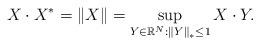
LaTeX: \begin{align*}X\cdot X^{\ast}=\left\Vert X\right\Vert =\sup_{Y\in\mathbb{R}^{N}:\left\Vert Y\right\Vert _{\ast}\leq1}X\cdot Y.\end{align*}